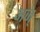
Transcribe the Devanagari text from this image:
अज्